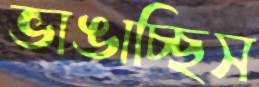
ভাঙাচ্ছিস